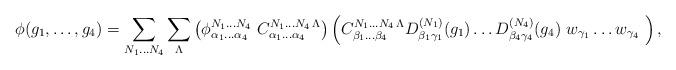
LaTeX: \begin{align*}\phi(g_1,\ldots,g_4) = \sum_{N_1\ldots N_4} \sum_\Lambda \left(\phi^{N_1\ldots N_4}_{\alpha_1\ldots\alpha_4}\ C^{N_1\ldots N_4\,\Lambda}_{\alpha_1\ldots\alpha_4}\right) \left({C}^{N_1\ldots N_4\,\Lambda}_{\beta_1\ldots\beta_4} D^{(N_1)}_{\beta_1\gamma_1}(g_1) \ldots D^{(N_4)}_{\beta_4\gamma_4}(g_4)\ w_{\gamma_1}\ldots w_{\gamma_4}\ \right),\end{align*}